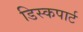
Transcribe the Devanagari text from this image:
डिस्कपार्ट